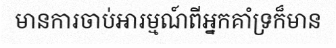
មានការចាប់អារម្មណ៍ពីអ្នកគាំទ្រក៏មាន